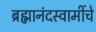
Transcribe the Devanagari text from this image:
ब्रह्मानंदस्वामींचे